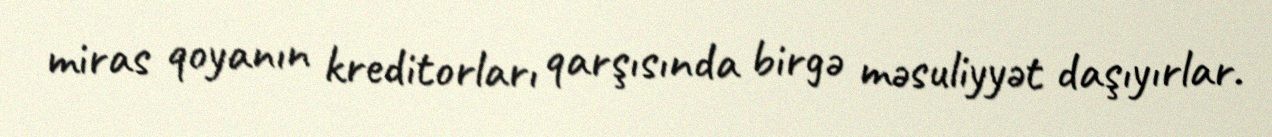
miras qoyanın kreditorları qarşısında birgə məsuliyyət daşıyırlar.